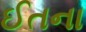
ઈતના